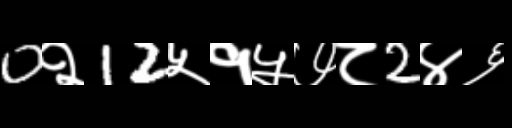
Text: 0२12५१५७८2४६